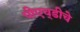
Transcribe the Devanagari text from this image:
पीएच्‌डीचे